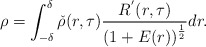
\begin{align*}\rho=\int_{-\delta}^\delta\check{\rho}(r,\tau)\frac{R^{'}(r,\tau)}{\left(1+E(r)\right)^{\frac{1}{2}}}dr.\end{align*}